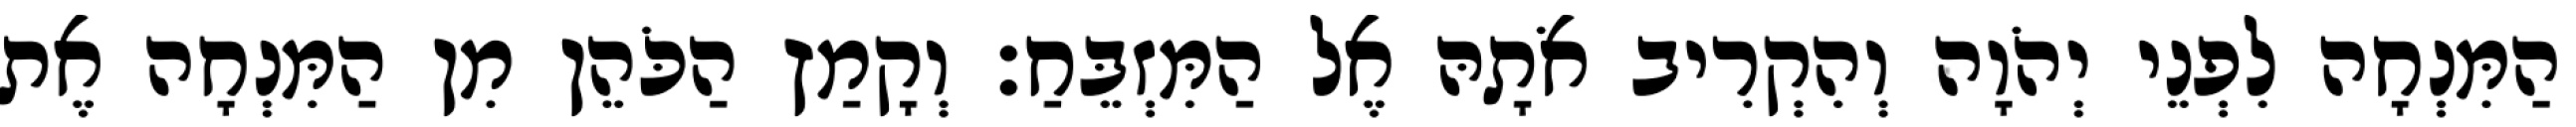
הַמִּנְחָה לִפְנֵי יְהֹוָה וְהִקְרִיב אֹתָהּ אֶל הַמִּזְבֵּחַ׃ וְקָמַץ הַכֹּהֵן מִן הַמִּנְחָה אֶת